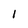
Character: 1